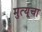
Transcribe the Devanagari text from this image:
मुत्यूचा